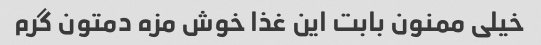
خیلی ممنون بابت این غذا خوش مزه دمتون گرم